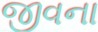
જીવના